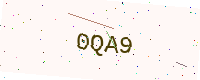
Text: 0QA9